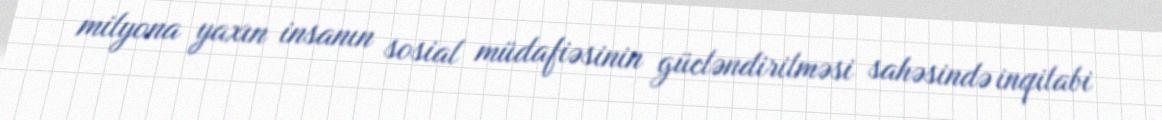
milyona yaxın insanın sosial müdafiəsinin gücləndirilməsi sahəsində inqilabi